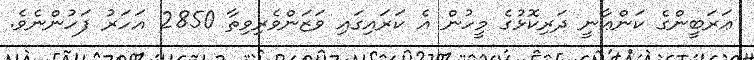
ޢަރަބީންގެ ކަންޢާނީ ދަރިކޮޅުގެ މީހުން އެ ކަރައިގައި ވަޒަންވެރިވިތާ 2850 އަހަރު ފަހުންނެވެ.